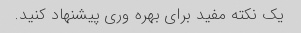
یک نکته مفید برای بهره وری پیشنهاد کنید.